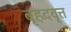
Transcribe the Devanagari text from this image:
बृहदवृत्त